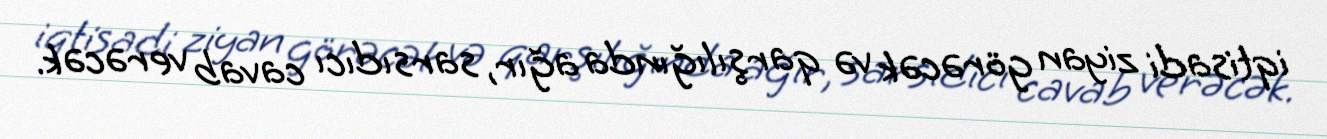
iqtisadi ziyan görəcək və qarşılığında ağır, sarsıdıcı cavab verəcək.